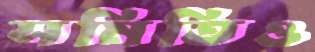
সমিতিও